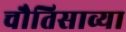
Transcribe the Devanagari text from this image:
चौतिसाव्या